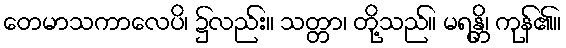
တေမာသကာလေပိ၊ ၌လည်း။ သတ္တာ၊ တို့သည်။ မရန္တိ၊ ကုန်၏။